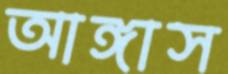
আঙ্গাস